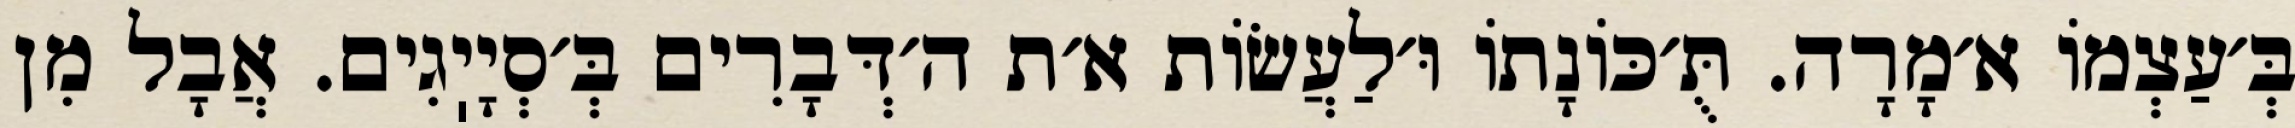
בְּ׳עַצְמוֹ א׳מָרָה. תֻּ׳כּוֹנָתוֹ וּ׳לַעֲשׂוֹת א׳ת ה׳דְּבָרִים בְּ׳סְיָיֽגִים. אֲבָל מִן